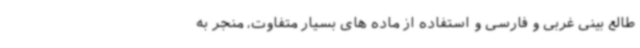
طالع بینی غربی و فارسی و استفاده از ماده های بسیار متفاوت، منجر به